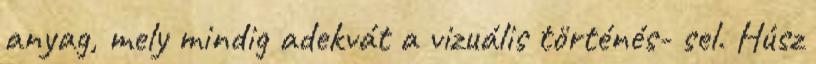
anyag, mely mindig adekvát a vizuális történés- sel. Húsz